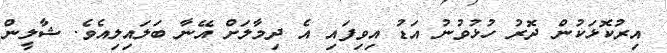
އިރުކޮޅަކުން ދޮރު ހުޅުވުނު އަޑު އިވިފައި އެ ދިމާލަށް އޭނާ ބަލައިލިއެވެ. ޝާލީން